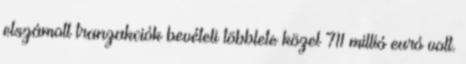
elszámolt tranzakciók bevételi többlete közel 711 millió euró volt.